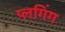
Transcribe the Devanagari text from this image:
प्लगिंग